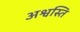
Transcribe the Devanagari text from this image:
अश्वस्ति